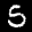
Label: 5